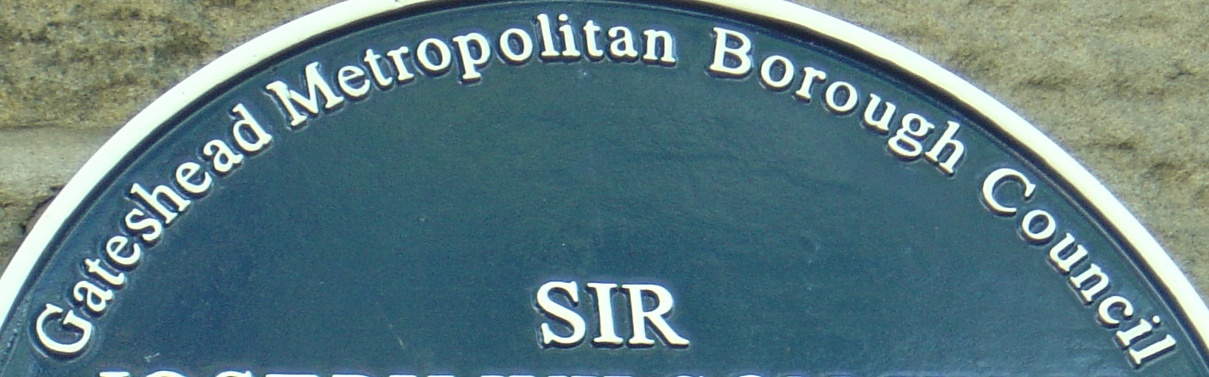
Gateshead Metropolitan Borough Council